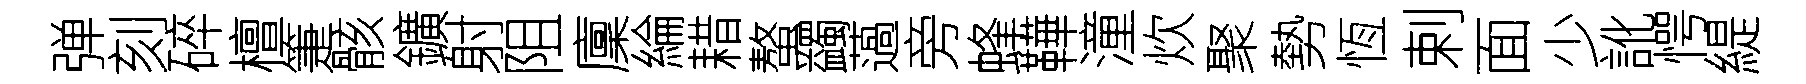
弹刻碎檀箑骸鑛射阻廩綸耤螯蠲薖旁蜂鞾潼炊聚勢恆剌面少訛愕緹